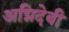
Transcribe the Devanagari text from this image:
अग्निदेवी